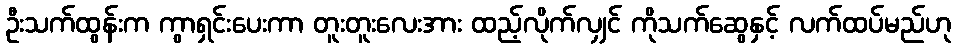
ဦးသက်ထွန်းက ကွာရှင်းပေးကာ တူးတူးလေးအား ထည့်လိုက်လျှင် ကိုသက်ဆွေနှင့် လက်ထပ်မည်ဟု